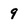
Character: 9